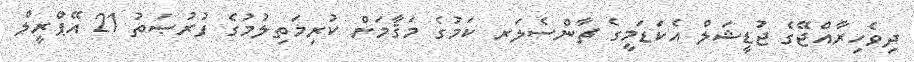
ދިވެހިރާއްޖޭގެ ޖުޑީޝަލް އެކަޑަމީގެ ޗާންސެލަރ ކަމުގެ މަޤާމަށް ކުރިމަތިލުމުގެ ފުރުޞަތު 21 އޭޕްރީލް